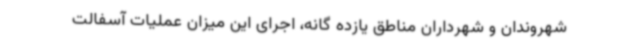
شهروندان و شهرداران مناطق یازده گانه، اجرای این میزان عملیات آسفالت